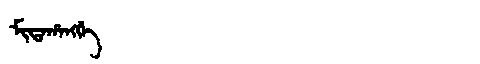
Manchu: ᠮᡳᡨᠠᡥᠠᠩᡤᡝ
Romanization: MITAHANGGE